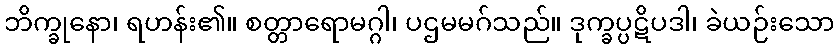
ဘိက္ခုနော၊ ရဟန်း၏။ စတ္တာရောမဂ္ဂါ၊ ပဌမမဂ်သည်။ ဒုက္ခပ္ပဋိပဒါ၊ ခဲယဉ်းသော